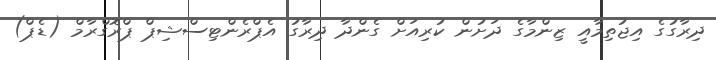
ދިރާގުގެ އިޖުތިމާއީ ޒިންމާގެ ދަށުން ކުރިއަށް ގެންދާ ދިރާގު އެޕްރެންޓިސްޝިޕް ޕްރޮގްރާމް (ޑެޕް)